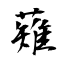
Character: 薙